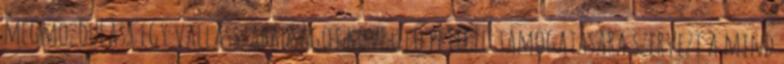
megmozdulást egy vallásszabadságot követelő petíció támogatására szervezi a mind